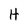
Character: H